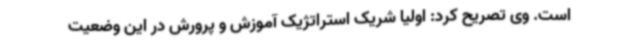
است. وی تصریح کرد: اولیا شریک استراتژیک آموزش و پرورش در این وضعیت